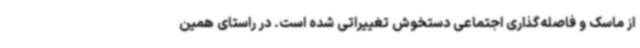
از ماسک و فاصله‌گذاری اجتماعی دستخوش تغییراتی شده است. در راستای همین